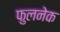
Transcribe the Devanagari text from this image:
फुलनेक